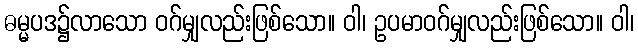
ဓမ္မပဒ၌လာသော ဝဂ်မျှလည်းဖြစ်သော။ ဝါ၊ ဥပမာဝဂ်မျှလည်းဖြစ်သော။ ဝါ၊